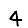
Digit: 4